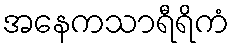
အနေကသာရီရိကံ